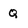
Character: Q